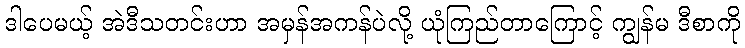
ဒါပေမယ့် အဲဒီသတင်းဟာ အမှန်အကန်ပဲလို့ ယုံကြည်တာကြောင့် ကျွန်မ ဒီစာကို